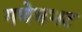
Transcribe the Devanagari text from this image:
गणेसभट